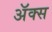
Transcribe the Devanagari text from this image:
अॅक्स